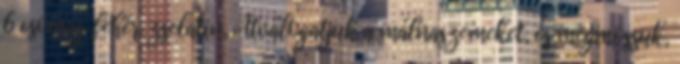
6 csomag fehér zselatin, Átválogatjuk a málnaszemeket, és megmossuk,